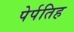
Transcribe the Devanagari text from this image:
पेर्पतिह